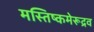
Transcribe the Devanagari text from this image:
मस्तिष्कमेरूद्रव